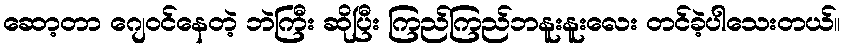
ဆော့တာ ဂျေဝင်နေတဲ့ ဘဲကြီး ဆိုပြီး ကြည်ကြည်ဘနူးနူးလေး တင်ခဲ့ပါသေးတယ်။